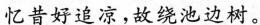
忆昔好追凉，故绕池边树。